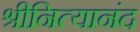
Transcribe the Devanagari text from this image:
श्रीनित्यानंद